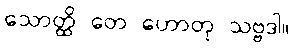
သောတ္ထိ တေ ဟောတု သဗ္ဗဒါ။